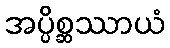
အပ္ပိစ္ဆဿာယံ